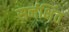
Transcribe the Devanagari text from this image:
सर्नर्क्षित